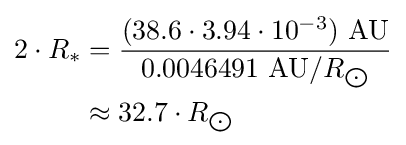
{\begin{aligned}2\cdot R_{*}&={\frac {(38.6\cdot 3.94\cdot 10^{-3})\ {\text{AU}}}{0.0046491\ {\text{AU}}/R_{\bigodot }}}\\&\approx 32.7\cdot R_{\bigodot }\end{aligned}}